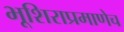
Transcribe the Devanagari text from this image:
भूशिराप्रमाणेच